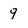
Character: 9